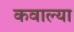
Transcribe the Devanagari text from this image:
कवाल्या